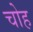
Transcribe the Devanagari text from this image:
चोह